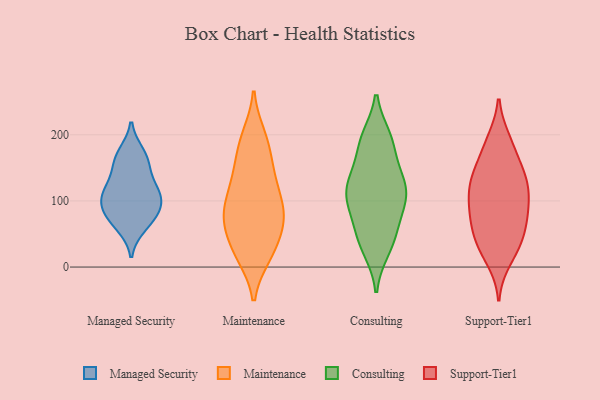
{"axis": {"x": "Energy Usage (MWh)", "y": "Value"}, "legend": ["Consulting", "Maintenance", "Managed Security", "Support-Tier1"], "data": [{"x": "", "y": 120, "type": "Managed Security"}, {"x": "", "y": 79, "type": "Managed Security"}, {"x": "", "y": 171, "type": "Managed Security"}, {"x": "", "y": 104, "type": "Managed Security"}, {"x": "", "y": 90, "type": "Managed Security"}, {"x": "", "y": 63, "type": "Managed Security"}, {"x": "", "y": 112, "type": "Managed Security"}, {"x": "", "y": 154, "type": "Managed Security"}, {"x": "", "y": 162, "type": "Managed Security"}, {"x": "", "y": 75, "type": "Managed Security"}, {"x": "", "y": 113, "type": "Managed Security"}, {"x": "", "y": 69, "type": "Maintenance"}, {"x": "", "y": 149, "type": "Maintenance"}, {"x": "", "y": 26, "type": "Maintenance"}, {"x": "", "y": 77, "type": "Maintenance"}, {"x": "", "y": 92, "type": "Maintenance"}, {"x": "", "y": 25, "type": "Maintenance"}, {"x": "", "y": 67, "type": "Maintenance"}, {"x": "", "y": 116, "type": "Maintenance"}, {"x": "", "y": 87, "type": "Maintenance"}, {"x": "", "y": 57, "type": "Maintenance"}, {"x": "", "y": 189, "type": "Maintenance"}, {"x": "", "y": 137, "type": "Maintenance"}, {"x": "", "y": 77, "type": "Maintenance"}, {"x": "", "y": 19, "type": "Maintenance"}, {"x": "", "y": 197, "type": "Maintenance"}, {"x": "", "y": 18, "type": "Maintenance"}, {"x": "", "y": 188, "type": "Maintenance"}, {"x": "", "y": 108, "type": "Maintenance"}, {"x": "", "y": 147, "type": "Maintenance"}, {"x": "", "y": 130, "type": "Consulting"}, {"x": "", "y": 135, "type": "Consulting"}, {"x": "", "y": 60, "type": "Consulting"}, {"x": "", "y": 103, "type": "Consulting"}, {"x": "", "y": 42, "type": "Consulting"}, {"x": "", "y": 32, "type": "Consulting"}, {"x": "", "y": 61, "type": "Consulting"}, {"x": "", "y": 142, "type": "Consulting"}, {"x": "", "y": 195, "type": "Consulting"}, {"x": "", "y": 115, "type": "Consulting"}, {"x": "", "y": 92, "type": "Consulting"}, {"x": "", "y": 115, "type": "Consulting"}, {"x": "", "y": 98, "type": "Consulting"}, {"x": "", "y": 192, "type": "Consulting"}, {"x": "", "y": 180, "type": "Consulting"}, {"x": "", "y": 192, "type": "Consulting"}, {"x": "", "y": 27, "type": "Consulting"}, {"x": "", "y": 113, "type": "Consulting"}, {"x": "", "y": 113, "type": "Support-Tier1"}, {"x": "", "y": 85, "type": "Support-Tier1"}, {"x": "", "y": 12, "type": "Support-Tier1"}, {"x": "", "y": 188, "type": "Support-Tier1"}, {"x": "", "y": 108, "type": "Support-Tier1"}, {"x": "", "y": 28, "type": "Support-Tier1"}, {"x": "", "y": 148, "type": "Support-Tier1"}, {"x": "", "y": 134, "type": "Support-Tier1"}, {"x": "", "y": 77, "type": "Support-Tier1"}, {"x": "", "y": 130, "type": "Support-Tier1"}, {"x": "", "y": 191, "type": "Support-Tier1"}, {"x": "", "y": 81, "type": "Support-Tier1"}, {"x": "", "y": 30, "type": "Support-Tier1"}, {"x": "", "y": 51, "type": "Support-Tier1"}, {"x": "", "y": 40, "type": "Support-Tier1"}, {"x": "", "y": 174, "type": "Support-Tier1"}, {"x": "", "y": 128, "type": "Support-Tier1"}, {"x": "", "y": 87, "type": "Support-Tier1"}, {"x": "", "y": 60, "type": "Support-Tier1"}, {"x": "", "y": 133, "type": "Support-Tier1"}]}